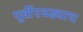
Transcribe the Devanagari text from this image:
पूर्वीएवढ्याच